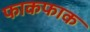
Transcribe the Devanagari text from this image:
फाकफाक